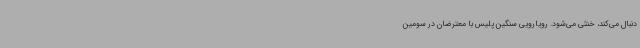
دنبال می‌کند، خنثی می‌شود. رویارویی سنگین پلیس با معترضان در سومین